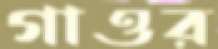
গাওর